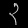
Digit: ၃